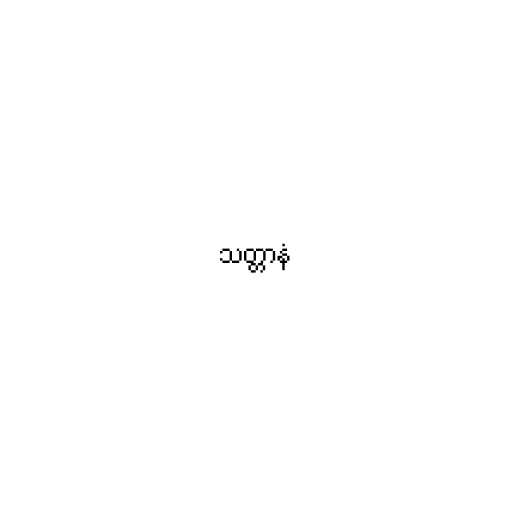
သတ္တာနံ